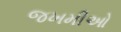
જખમીઓ